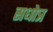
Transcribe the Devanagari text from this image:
सधोत्र